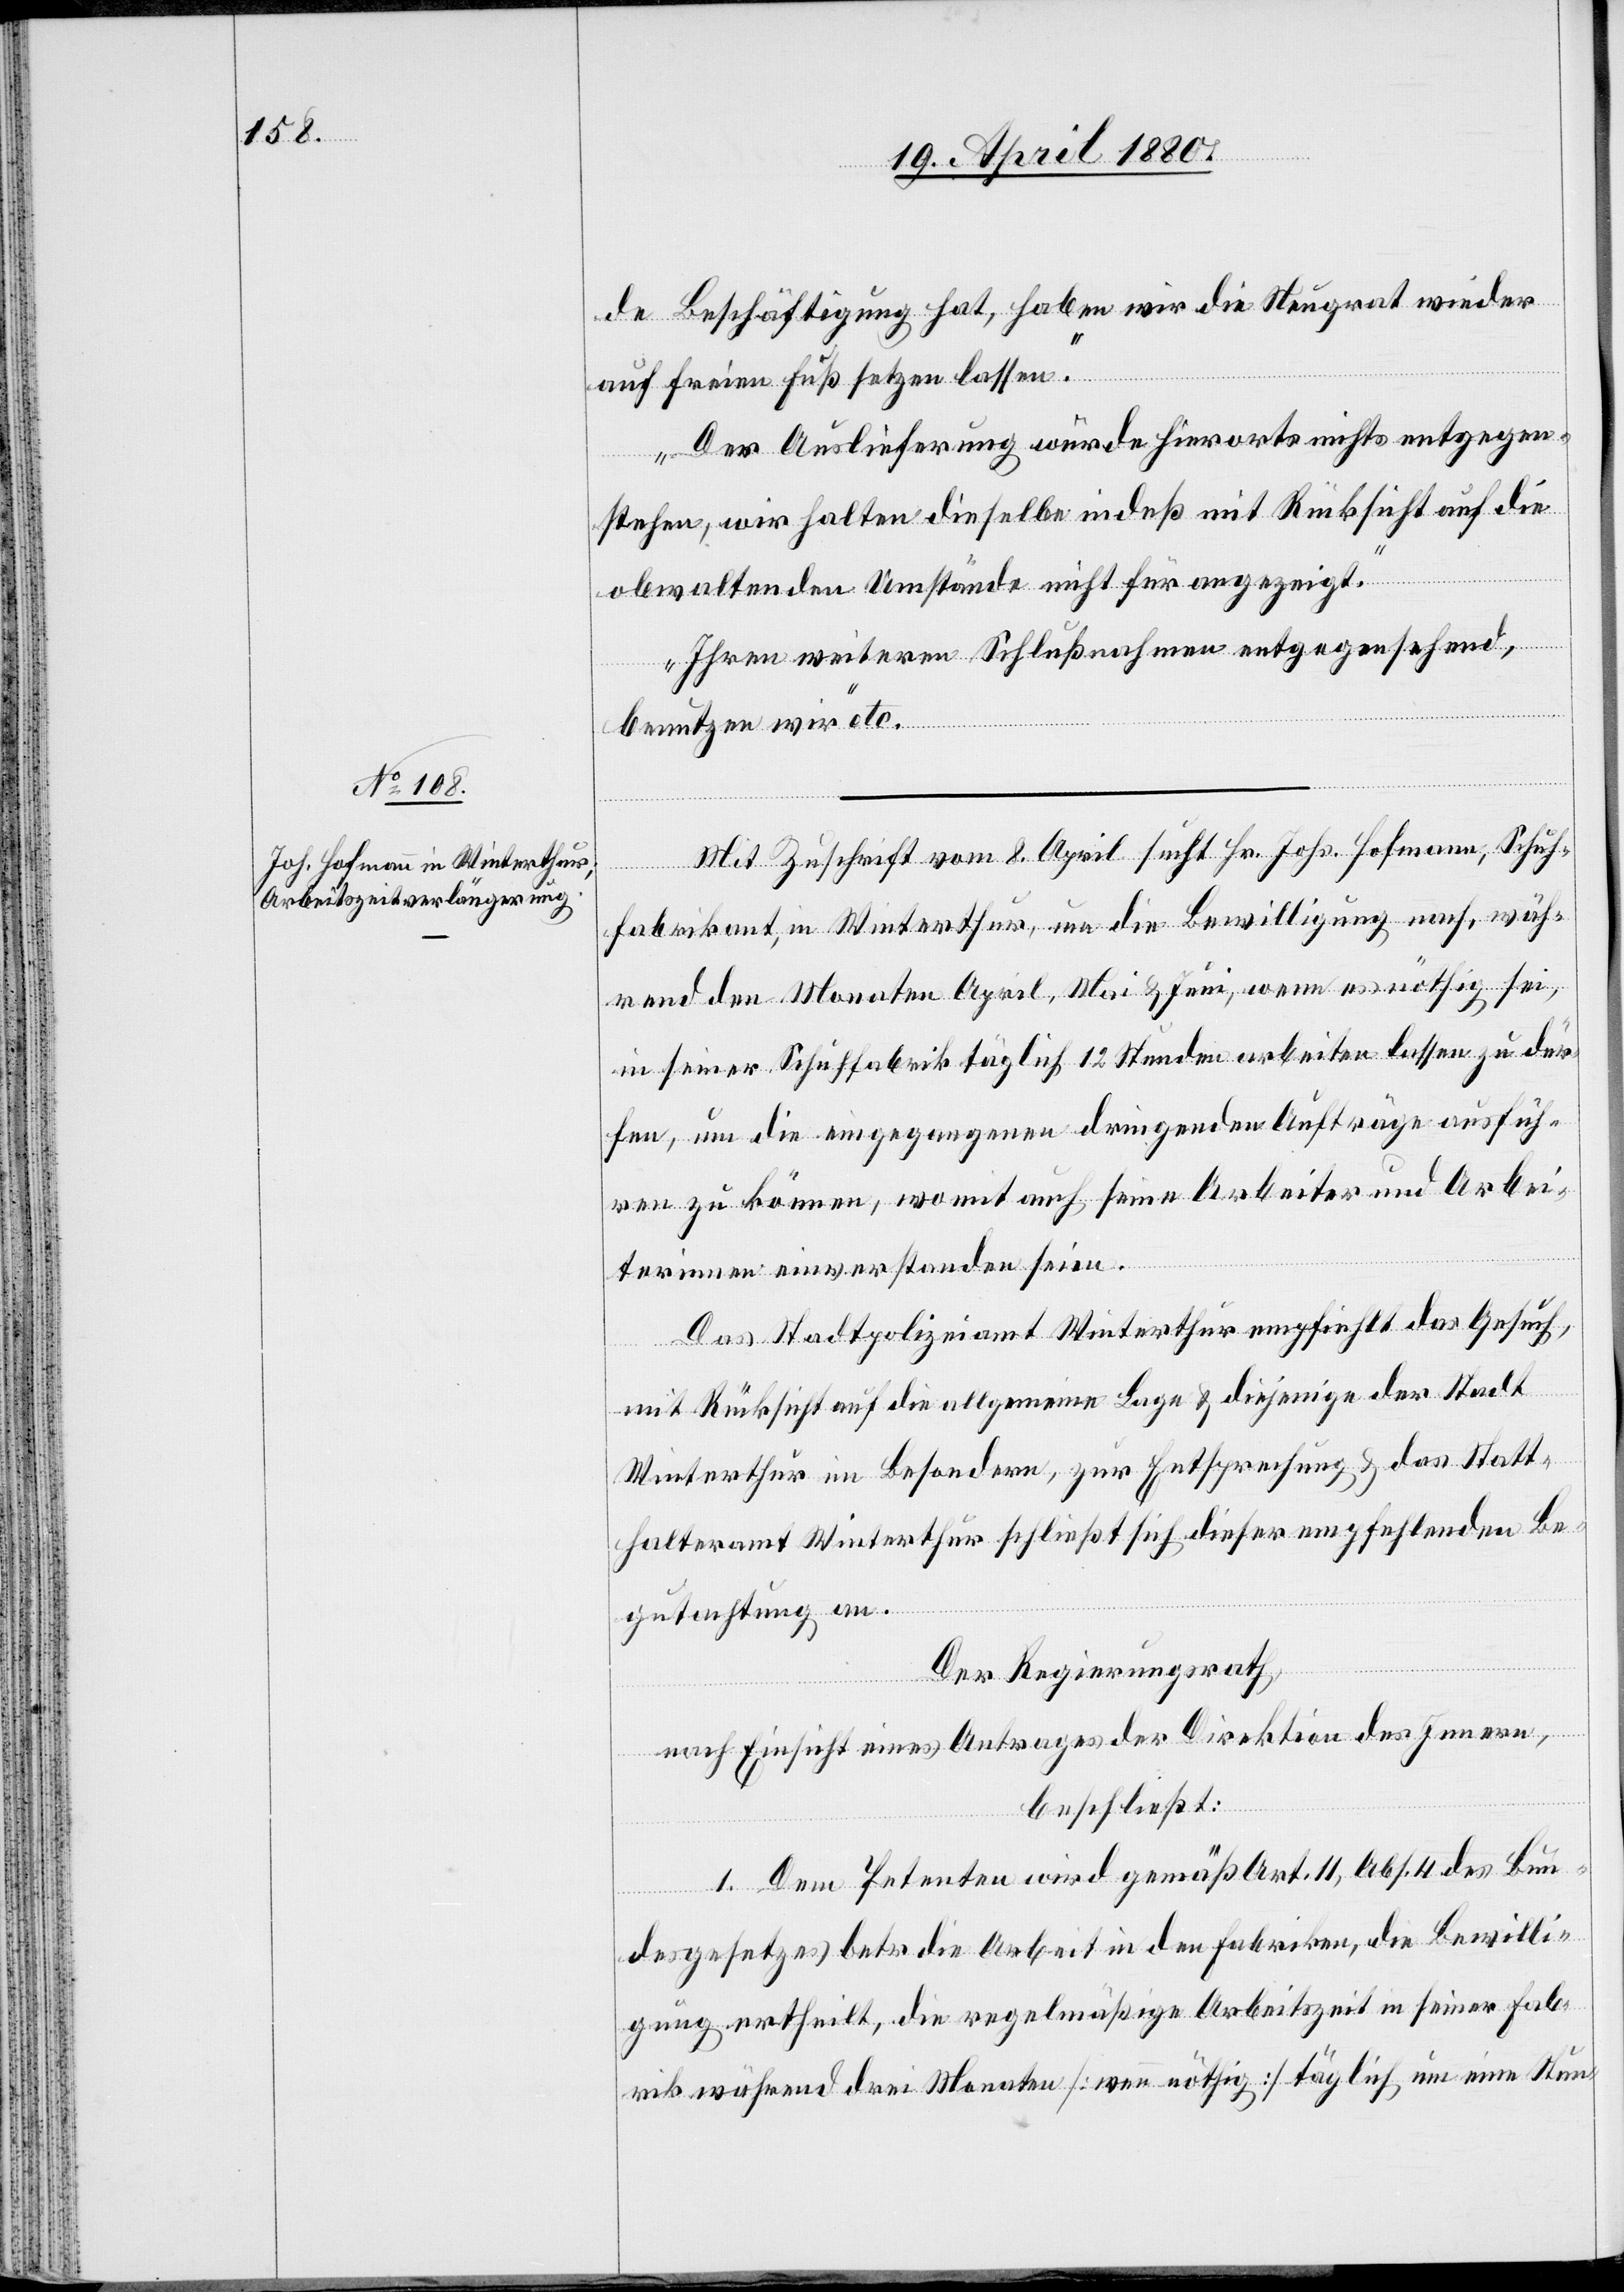
de Beschäftigung hat, haben wir die Neugrat wieder
auf freien Fuß setzen lassen.
Der Auslieferung würde hierorts nichts entgegen¬
stehen, wir halten dieselbe indeß mit Rücksicht auf die
obwaltenden Umstände nicht für angezeigt.
Ihren weitern Schlußnahmen entgegensehend,
benutzen wir“ etc.
Mit Zuschrift vom 8. April sucht Hr. Johs. Hofmann, Schuh¬
fabrikant, in Winterthur, um die Bewilligung nach, wäh¬
rend den Monaten April, Mai & Juni, wenn es nöthig sei,
in seiner Schuhfabrik täglich 12 Stunden arbeiten lassen zu dür¬
fen, um die eingegangenen dringenden Aufträge ausfüh¬
ren zu können, womit auch seine Arbeiter und Arbei¬
terinnen einverstanden seien.
Das Stadtpolizeiamt Winterthur empfiehlt das Gesuch,
mit Rücksicht auf die allgemeine Lage & diejenige der Stadt
Winterthur im Besondern, zur Entsprechung & das Statt¬
halteramt Winterthur schließt sich dieser empfehlenden Be¬
gutachtung an.
Der Regierungsrath,
nach Einsicht eines Antrages der Direktion des Innern,
beschließt:
1. Dem Petenten wird gemäß Art. 11, Abs. 4 des Bun¬
desgesetzes betr. die Arbeit in den Fabriken, die Bewilli¬
gung ertheilt, die regelmäßige Arbeitszeit in seiner Fab¬
rik während drei Monaten [wenn nöthig] täglich um eine Stun-